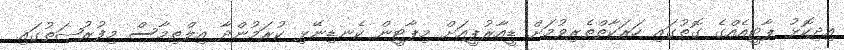
އިދިކޮޅު ޕާޓީއެއްގެ ގޮތުގައި ހަރަކާތްތެރިވުމަށް ޑީއާރުޕީއަށް މިޕާޓީން ކެނޑިނޭޅި ކުރަމުންދާ އިލްތިމާސް މިފުރުޞަތުގައި